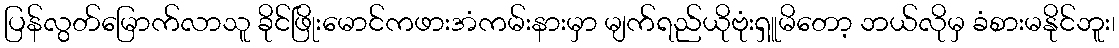
ပြန်လွတ်မြောက်လာသူ ခိုင်ဖြိုးမောင်ကဖားအံကမ်းနားမှာ မျက်ရည်ယိုဗုံးရှူမိတော့ ဘယ်လိုမှ ခံစားမနိုင်ဘူး၊